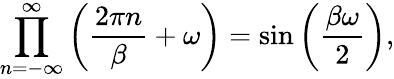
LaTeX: \prod_{n=-\infty}^{\infty}\left(\frac{2\pi n}{\beta}+\omega\right)=\sin\left(\frac{\beta\omega}{2}\right),